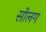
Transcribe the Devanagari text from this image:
सीलग